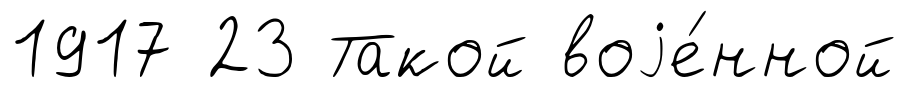
1917 23 Такой воjе́нной